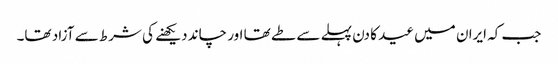
جب کہ ایران میں عید کا دن پہلے سے طے تھا اور چاند دیکھنے کی شرط سے آزاد تھا۔